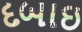
દબાઇ